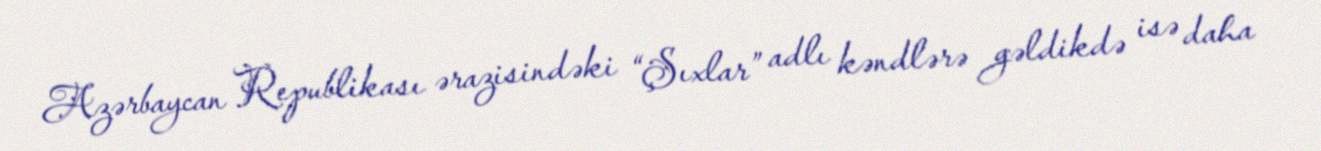
Azərbaycan Republikası ərazisindəki “Şıxlar” adlı kəndlərə gəldikdə isə daha